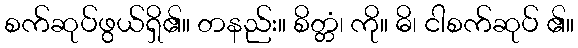
စက်ဆုပ်ဖွယ်ရှိ၏။ တနည်း။ စိတ္တံ၊ ကို။ ဓိ၊ ငါစက်ဆုပ် ၏။